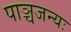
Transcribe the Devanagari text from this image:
पाञ्चजन्यः